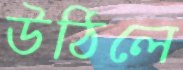
উঠিলে